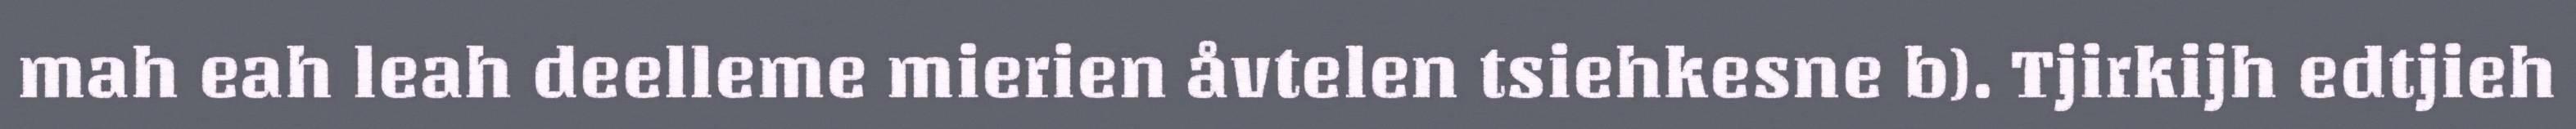
mah eah leah deelleme mierien åvtelen tsiehkesne b). Tjirkijh edtjieh